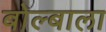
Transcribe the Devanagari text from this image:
बोल्बाला